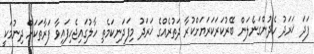
ފަދަ ޚަރަދު ހެދުންގަނެލަން ބޭރުކަރަކަރަޔަށްކުރާ ދަތުރެއްގެ ޚަރަދު މިފަދަނިކަމެތި ހާލުގައިޖެހިފައިވާ ފަރާތަކަށް ދިނުމަކީ